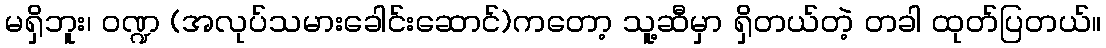
မရှိဘူး၊ ဝဏ္ဍ (အလုပ်သမားခေါင်းဆောင်)ကတော့ သူ့ဆီမှာ ရှိတယ်တဲ့ တခါ ထုတ်ပြတယ်။